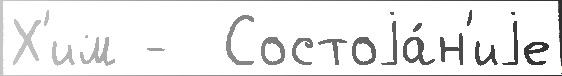
Х'им -  Состоjа́н'иjе